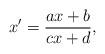
LaTeX: \begin{align*}x'=\frac{ax+b}{cx+d}, \end{align*}